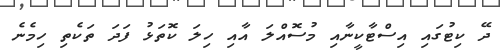
ދޭ ކިޓުގައި އިސްޓާކީނާއި މުސޮއްލަ އާއި ހިލަ ކޮތަޅު ފަދަ ތަކެތި ހިމެނެ